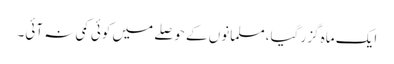
ایک ماہ گزر گیا،مسلمانوں کے حوصلے میں کوئی کمی نہ آئی۔